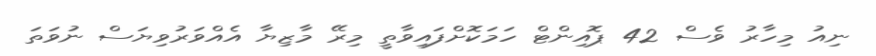
ނިއު މިހާރު ވެސް 42 ޕޮއިންޓް ހަމަކޮށްފައިވާތީ މިރޭ މާޒިޔާ އެއްވަރުވިޔަސް ނުވަތަ